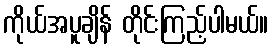
ကိုယ်အပူချိန် တိုင်းကြည့်ပါမယ်။